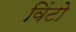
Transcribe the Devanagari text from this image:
विंटो